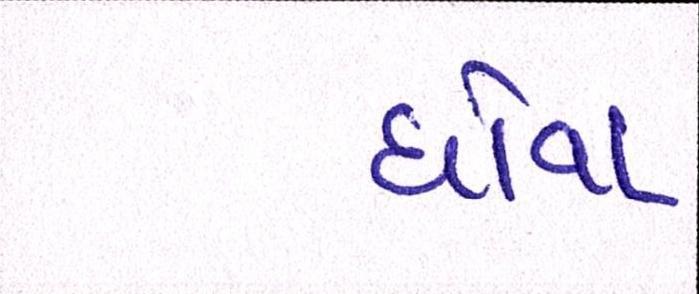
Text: ધોવા